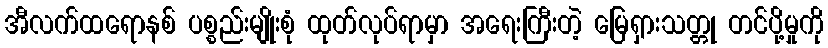
အီလက်ထရောနစ် ပစ္စည်းမျိုးစုံ ထုတ်လုပ်ရာမှာ အရေးကြီးတဲ့ မြေရှားသတ္တု တင်ပို့မှုကို